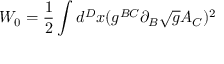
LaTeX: W _ { 0 } = \frac { 1 } { 2 } \int d ^ { D } x ( g ^ { B C } \partial _ { B } \sqrt { g } A _ { C } ) ^ { 2 }